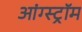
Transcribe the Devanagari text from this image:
आंग्स्ट्रॉम